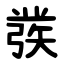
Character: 彂